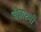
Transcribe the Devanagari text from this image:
चैत्राष्टमी